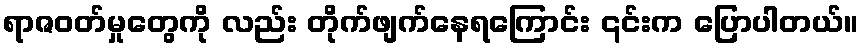
ရာဇဝတ်မှုတွေကို လည်း တိုက်ဖျက်နေရကြောင်း ၎င်းက ပြောပါတယ်။